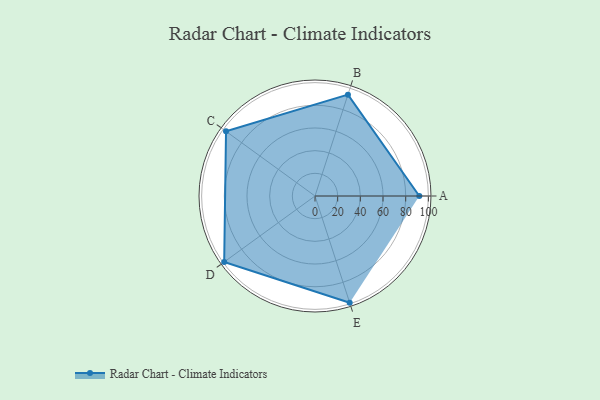
{"axis": {"x": "Skill", "y": "Score"}, "legend": ["Profile"], "data": [{"x": "A", "y": 92.0, "type": "Profile"}, {"x": "B", "y": 94.0, "type": "Profile"}, {"x": "C", "y": 97.0, "type": "Profile"}, {"x": "D", "y": 99.0, "type": "Profile"}, {"x": "E", "y": 99, "type": "Profile"}]}